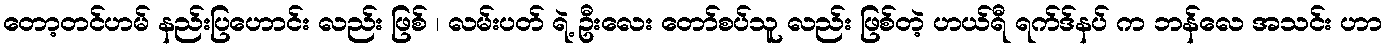
တော့တင်ဟမ် နည်းပြဟောင်း လည်း ဖြစ် ၊ လမ်းပတ် ရဲ့ ဦးလေး တော်စပ်သူ လည်း ဖြစ်တဲ့ ဟယ်ရီ ရက်ဒ်နပ် က ဘန်လေ အသင်း ဟာ